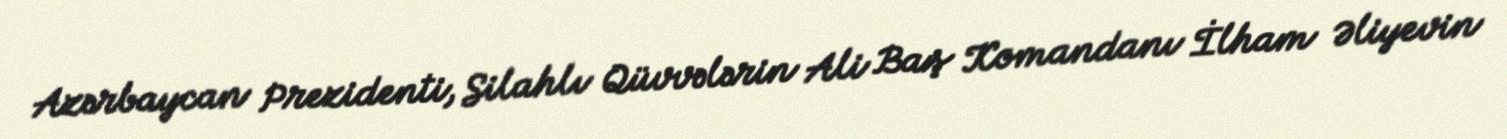
Azərbaycan Prezidenti, Silahlı Qüvvələrin Ali Baş Komandanı İlham Əliyevin